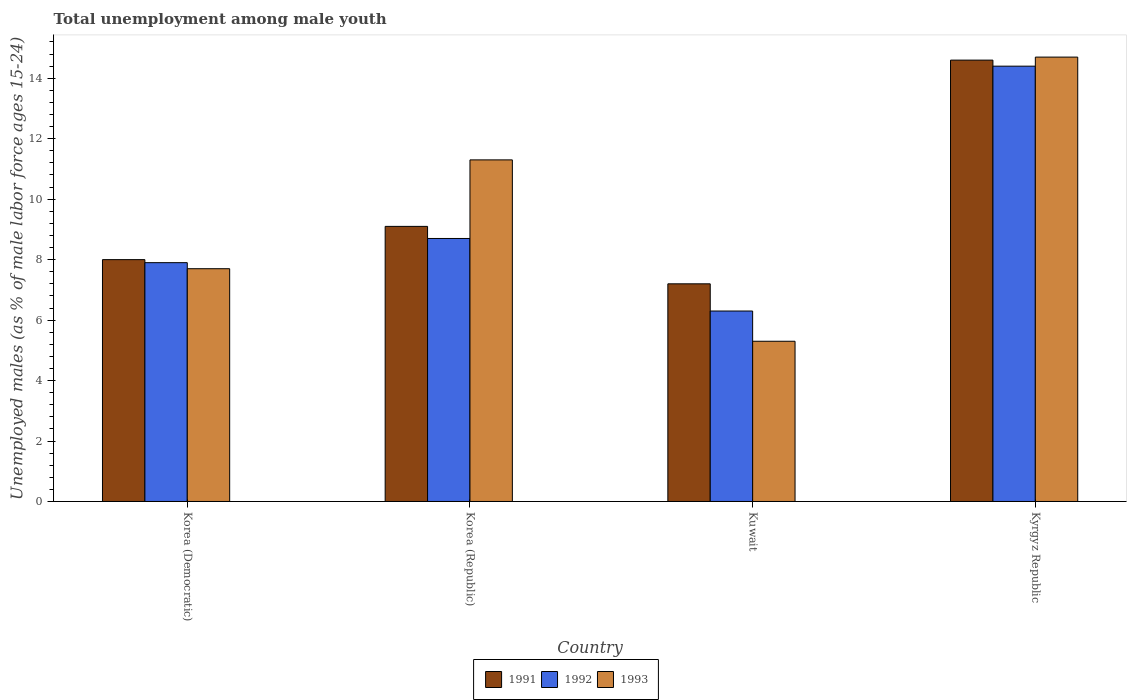
| Country | 1991 | 1992 | 1993 |
 | --- | --- | --- | --- |
 | Korea (Democratic) | 8 | 7.9 | 7.7 |
 | Korea (Republic) | 9.1 | 8.7 | 11.3 |
 | Kuwait | 7.2 | 6.3 | 5.3 |
 | Kyrgyz Republic | 14.6 | 14.4 | 14.7 |